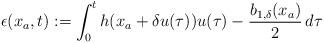
LaTeX: \begin{align*}\epsilon(x_a,t):= \int_0^t h(x_a+\delta u(\tau))u(\tau)-\dfrac{b_{1,\delta}(x_a)}{2} \,d\tau\end{align*}